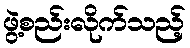
ဖွဲ့စည်းလိုက်သည့်